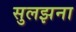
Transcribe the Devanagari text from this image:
सुलझना